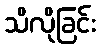
သိလိုခြင်း